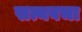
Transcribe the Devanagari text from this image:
सत्यवचा